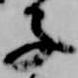
子